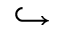
\hookrightarrow